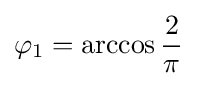
\varphi _{1}=\arccos {\frac {2}{\pi }}